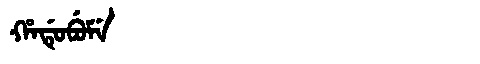
Manchu: ᡥᠠᡩᡠᠪᡠᠮᡝ
Romanization: HADUBUME